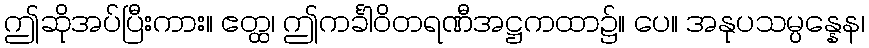
ဤဆိုအပ်ပြီးကား။ ဧတ္ထ၊ ဤကင်္ခါဝိတရဏီအဋ္ဌကထာ၌။ ပေ။ အနုပသမ္ပန္နေန၊